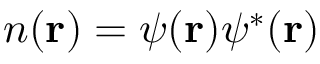
n ( { \bf { r } } ) = \psi ( { \bf { r } } ) \psi ^ { * } ( { \bf { r } } )